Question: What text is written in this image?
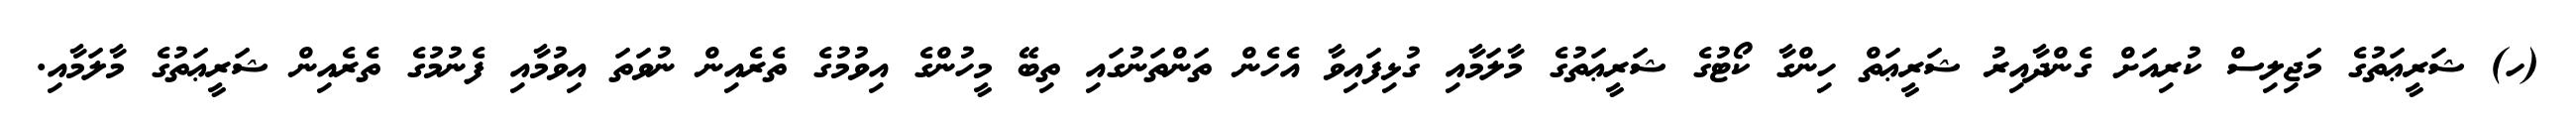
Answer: (ހ) ޝަރީޢަތުގެ މަޖިލިސް ކުރިއަށް ގެންދާއިރު ޝަރީޢަތް ހިންގާ ކޯޓުގެ ޝަރީޢަތުގެ މާލަމާއި ގުޅިފައިވާ އެހެން ތަންތަނުގައި ތިބޭ މީހުންގެ އިވުމުގެ ތެރެއިން ނުވަތަ އިވުމާއި ފެނުމުގެ ތެރެއިން ޝަރީޢަތުގެ މާލަމާއި.